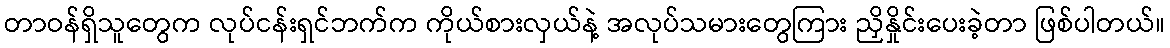
တာဝန်ရှိသူတွေက လုပ်ငန်းရှင်ဘက်က ကိုယ်စားလှယ်နဲ့ အလုပ်သမားတွေကြား ညှိနှိုင်းပေးခဲ့တာ ဖြစ်ပါတယ်။